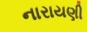
નારાયણી